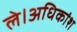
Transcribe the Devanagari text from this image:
ले।अधिकांश